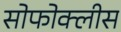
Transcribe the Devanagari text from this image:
सोफोक्लीस